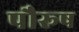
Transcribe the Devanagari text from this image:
पौरूष